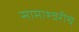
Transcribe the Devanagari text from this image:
सामाश्वरीचे